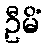
ဦမိံ